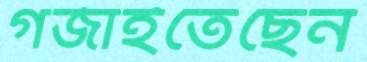
গর্‌জাইতেছেন